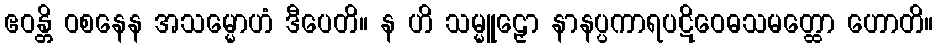
ဧဝန္တိ ဝစနေန အသမ္မောဟံ ဒီပေတိ။ န ဟိ သမ္မူဠှော နာနပ္ပကာရပဋိဝေဓသမတ္ထော ဟောတိ။